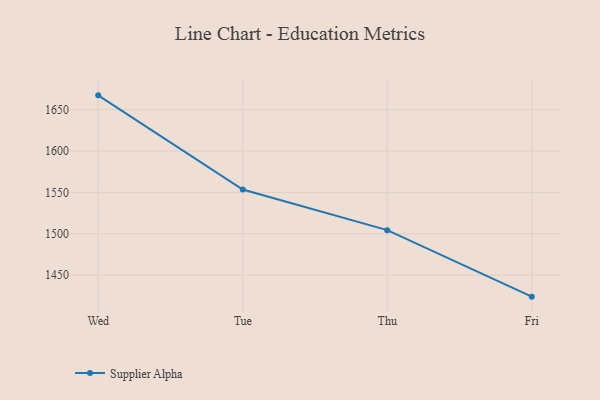
{"axis": {"x": "Day", "y": "Population (Million)"}, "legend": ["Supplier Alpha"], "data": [{"x": "Wed", "y": 1667.3, "type": "Supplier Alpha"}, {"x": "Tue", "y": 1553.5, "type": "Supplier Alpha"}, {"x": "Thu", "y": 1504.4, "type": "Supplier Alpha"}, {"x": "Fri", "y": 1424.0, "type": "Supplier Alpha"}]}